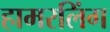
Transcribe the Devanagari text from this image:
हामरलिंग